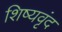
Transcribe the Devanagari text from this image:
शिष्यवृंद